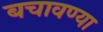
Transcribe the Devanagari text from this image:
बचावण्या